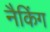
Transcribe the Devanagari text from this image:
नैकिंग